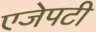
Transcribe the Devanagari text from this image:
एजेपटी